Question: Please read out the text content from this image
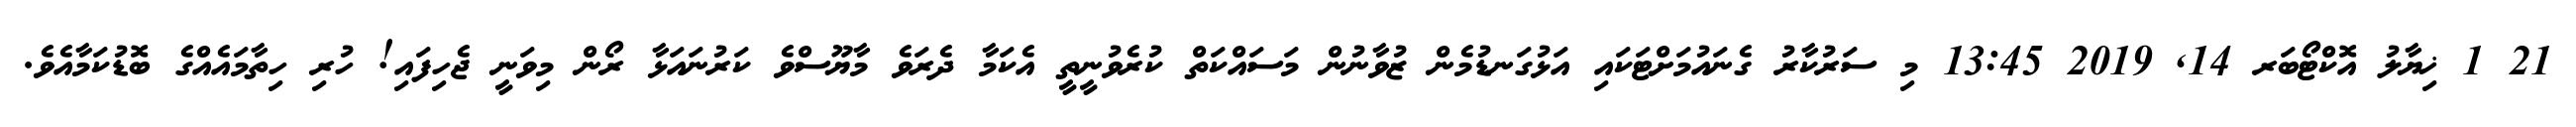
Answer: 21 1 ޚިޔާލު އޮކްޓޯބަރ 14, 2019 13:45 މި ސަރުކާރު ގެނައުމަށްޓަކައި އަޅުގަނޑުމެން ޒުވާނުން މަސައްކަތް ކުރެވުނީތީ އެކަމާ ދެރަވެ މާޔޫސްވެ ކަރުނައަޅާ ރޯން މިވަނީ ޖެހިފައި! ހުރި ހިތާމައެއްގެ ބޮޑުކަމާއެވެ.